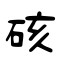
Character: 硋